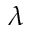
\lambda